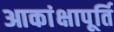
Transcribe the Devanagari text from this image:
आकांक्षापूर्ति